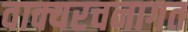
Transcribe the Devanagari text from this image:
वाक्यरचनागत